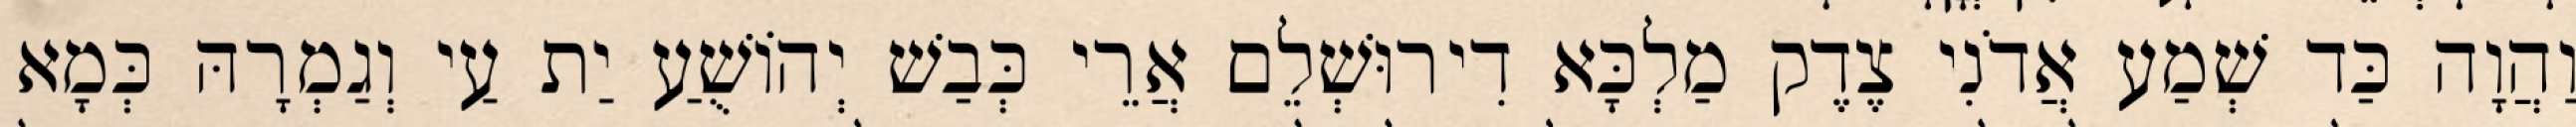
וַהֲוָה כַּד שְׁמַע אֲדֹנִי צֶדֶק מַלְכָּא דִירוּשְׁלֵם אֲרֵי כְּבַשׁ יְהוֹשֻׁעַ יַת עַי וְגַמְרָהּ כְּמָא